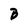
Character: B